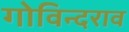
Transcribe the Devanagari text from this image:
गोविन्दराव